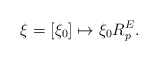
\begin{align*} \xi = [\xi_0] \mapsto \xi_0 R^E_p. \end{align*}